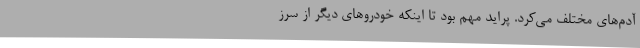
آدم‌های مختلف می‌کرد. پراید مهم بود تا اینکه خودروهای دیگر از سرز